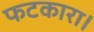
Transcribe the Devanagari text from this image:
फटकारा।